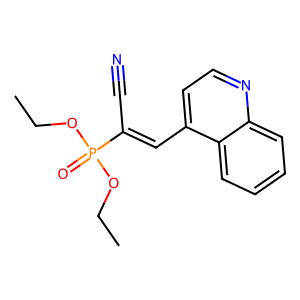
SMILES: CCOP(=O)(OCC)C(C#N)=Cc1ccnc2ccccc12
Inhibits HIV replication: No